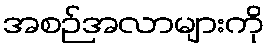
အစဉ်အလာများကို